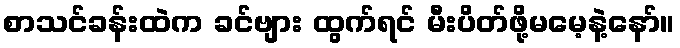
စာသင်ခန်းထဲက ခင်ဗျား ထွက်ရင် မီးပိတ်ဖို့မမေ့နဲ့နော်။